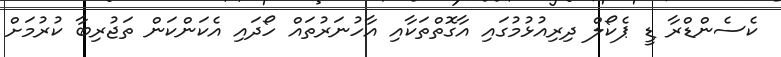
ކެސެންޑްރާ ޑީ ޕެކޯލް ދިރިއުޅުމުގައި އާގޮތްތަކާއި އާހުނަރުތައް ހޯދައި އެކަންކަން ތަޖުރިބާ ކުރުމަށް